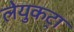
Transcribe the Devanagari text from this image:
लेयुकट्रा